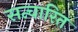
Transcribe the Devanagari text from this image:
सन्चारित